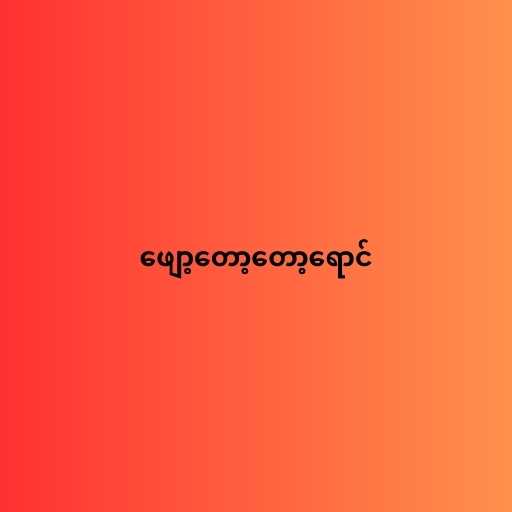
ဖျော့တော့တော့ရောင်